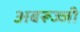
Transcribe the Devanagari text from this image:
अबरूज्जी